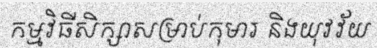
កម្មវិធីសិក្សាសម្រាប់កុមារ និងយុវវ័យ